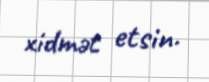
xidmət etsin.